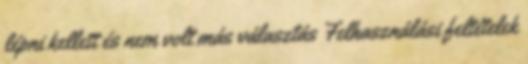
lépni kellett és nem volt más választás Felhasználási feltételek